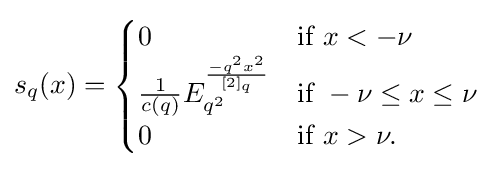
s_{q}(x)={\begin{cases}0&{\text{if }}x<-\nu \\{\frac {1}{c(q)}}E_{q^{2}}^{\frac {-q^{2}x^{2}}{[2]_{q}}}&{\text{if }}-\nu \leq x\leq \nu \\0&{\mbox{if }}x>\nu .\end{cases}}